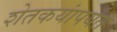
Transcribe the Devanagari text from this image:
शेतकयांपर्यंत